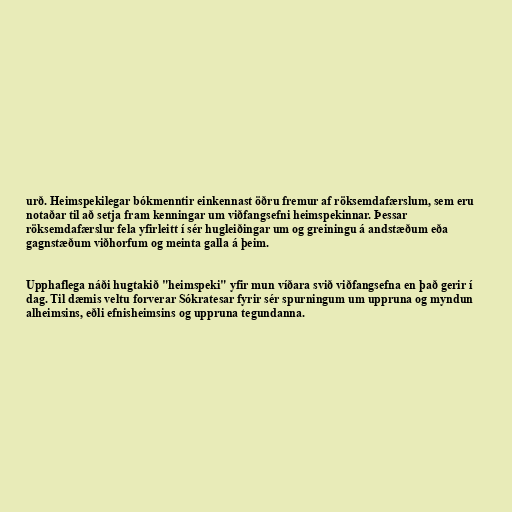
urð. Heimspekilegar bókmenntir einkennast öðru fremur af röksemdafærslum, sem eru
notaðar til að setja fram kenningar um viðfangsefni heimspekinnar. Þessar
röksemdafærslur fela yfirleitt í sér hugleiðingar um og greiningu á andstæðum eða
gagnstæðum viðhorfum og meinta galla á þeim.

Upphaflega náði hugtakið "heimspeki" yfir mun víðara svið viðfangsefna en það gerir í
dag. Til dæmis veltu forverar Sókratesar fyrir sér spurningum um uppruna og myndun
alheimsins, eðli efnisheimsins og uppruna tegundanna.